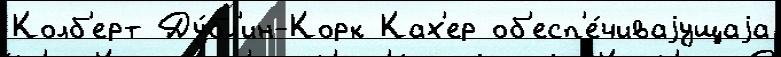
Колб'ерт Ду́бл'ин-Корк Ках'ер об'есп'е́чиваjущаjа